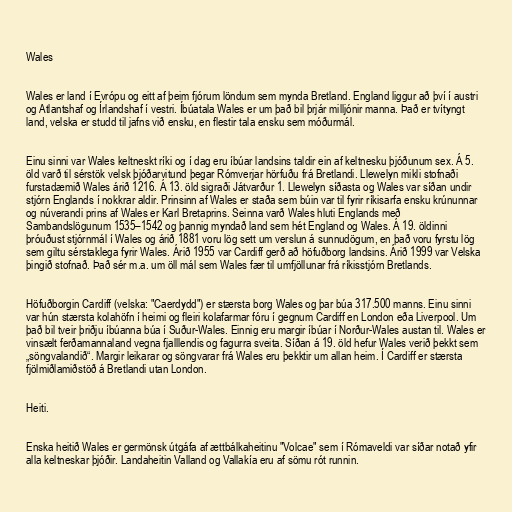
Wales

Wales er land í Evrópu og eitt af þeim fjórum löndum sem mynda Bretland. England liggur að því í austri
og Atlantshaf og Írlandshaf í vestri. Íbúatala Wales er um það bil þrjár milljónir manna. Það er tvítyngt
land, velska er studd til jafns við ensku, en flestir tala ensku sem móðurmál.

Einu sinni var Wales keltneskt ríki og í dag eru íbúar landsins taldir ein af keltnesku þjóðunum sex. Á 5.
öld varð til sérstök velsk þjóðarvitund þegar Rómverjar hörfuðu frá Bretlandi. Llewelyn mikli stofnaði
furstadæmið Wales árið 1216. Á 13. öld sigraði Játvarður 1. Llewelyn síðasta og Wales var síðan undir
stjórn Englands í nokkrar aldir. Prinsinn af Wales er staða sem búin var til fyrir ríkisarfa ensku krúnunnar
og núverandi prins af Wales er Karl Bretaprins. Seinna varð Wales hluti Englands með
Sambandslögunum 1535–1542 og þannig myndað land sem hét England og Wales. Á 19. öldinni
þróuðust stjórnmál í Wales og árið 1881 voru lög sett um verslun á sunnudögum, en það voru fyrstu lög
sem giltu sérstaklega fyrir Wales. Árið 1955 var Cardiff gerð að höfuðborg landsins. Árið 1999 var Velska
þingið stofnað. Það sér m.a. um öll mál sem Wales fær til umfjöllunar frá ríkisstjórn Bretlands.

Höfuðborgin Cardiff (velska: "Caerdydd") er stærsta borg Wales og þar búa 317.500 manns. Einu sinni
var hún stærsta kolahöfn í heimi og fleiri kolafarmar fóru í gegnum Cardiff en London eða Liverpool. Um
það bil tveir þriðju íbúanna búa í Suður-Wales. Einnig eru margir íbúar í Norður-Wales austan til. Wales er
vinsælt ferðamannaland vegna fjalllendis og fagurra sveita. Síðan á 19. öld hefur Wales verið þekkt sem
„söngvalandið“. Margir leikarar og söngvarar frá Wales eru þekktir um allan heim. Í Cardiff er stærsta
fjölmiðlamiðstöð á Bretlandi utan London.

Heiti.

Enska heitið Wales er germönsk útgáfa af ættbálkaheitinu "Volcae" sem í Rómaveldi var síðar notað yfir
alla keltneskar þjóðir. Landaheitin Valland og Vallakía eru af sömu rót runnin.